Insane asylums in Bengal annual reports 1867-1875 - 1867-1875
Year: 1867
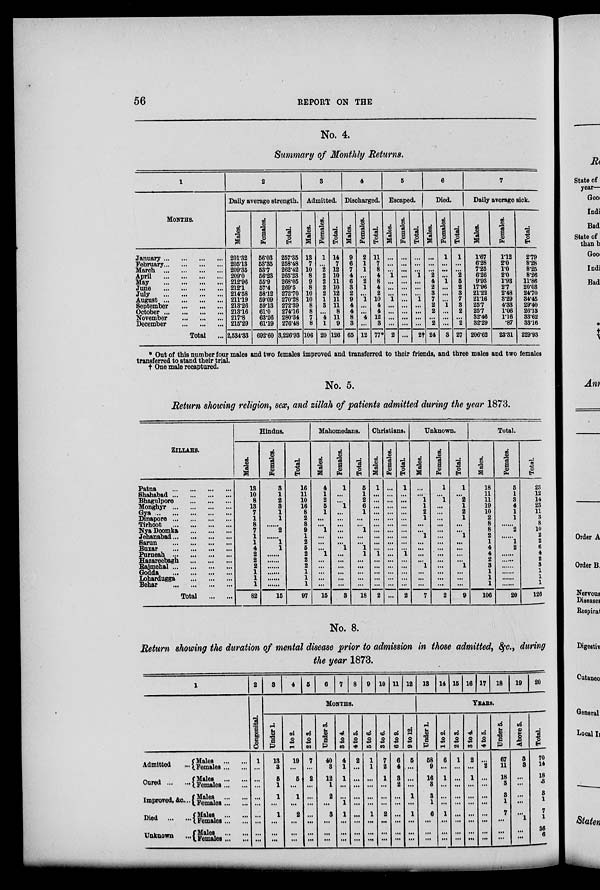
56
REPORT ON THE
No. 4.
Summary of Monthly Returns.
1
MONTHS.
January
...
...
...
...
February ... ... ... ...
March
...
...
...
...
April
...
...
...
...
May
...
...
...
...
June
...
...
...
...
July
...
...
...
...
August
...
...
...
...
September ... ... ...
October
...
...
...
...
November ... ... ...
December ... ... ...
Total
2
Daily average strength.
Males.
201.32
205.13
209.35
209.0
212.96
212.1
214.58
211.19
213.26
213.16
217.8
215.29
2,534.33
Females.
66.03
53.35
53.7
56.23
55.9
57.4
58.12
59.09
59.13
61.0
63.26
61.19
692.60
Total.
257.35
258.48
262.42
265.23
268.05
269.5
272.70
270.28
272.39
274.16
280.34
276.48
3,226.93
3
Admitted.
Males.
13
7
10
8
9
8
10
10
8
8
7
8
106
Females.
1
...
2
2
2
2
2
1
3
...
4
1
20
Total.
14
7
12
10
11
10
12
11
11
8
11
9
126
4
Discharged.
Males.
9
6
7
4
6
3
2
9
4
4
8
3
65
Females.
2
1
1
...
2
1
...
1
...
...
4
...
12
Total.
11
7
8
4
8
4
2
10
4
4
12
3
77*
5
Escaped.
Males.
...
...
...
1
...
...
...
1
...
...
...
...
2
Females.
...
...
...
...
...
...
...
...
...
...
...
...
...
Total.
...
...
...
1
...
...
...
1
...
...
...
...
2†
6
Died.
Males.
...
...
...
2
4
2
3
7
2
2
...
2
24
Females.
1
...
...
...
1
...
...
...
1
...
...
...
3
Total.
1
...
...
2
5
2
3
7
3
2
...
2
27
7
Daily average sick.
Males.
1.67
6.28
7.25
6.26
9.93
17.96
21.22
21.16
25.7
25.7
32.46
32.29
206.62
Females.
1.12
2.0
1.0
2.0
1.93
2.7
2.48
3.29
4.33
1.06
1.16
.87
23.31
Total.
2.79
8.28
8.25
8.26
11.86
20.08
24.70
84.45
29.40
26.18
83.62
83.16
229.93
* Out of this number four males and two females improved and transferred to their friends, and three males and two females
transferred to stand their trial.
† One male recaptured.
No. 5.
Return showing religion, sex, and zillah of patients admitted during the year 1873.
ZILLAHS.
Patna ... ... ... ...
Shahabad ... ... ... ...
Bhagulpore ... ... ... ...
Monghyr ... ... ... ...
Gya
...
...
...
...
Dinapore ... ... ... ...
Tirhoot
...
...
...
...
Nya Doomka
...
...
...
Jenanabad
...
...
...
Sarun
...
...
...
Buxar
...
...
...
Purneah ... ... ... ...
Hazareebagh
...
...
...
Rajmehal ... ... ... ...
Godda
...
...
...
...
Lohardugga
...
...
...
Behar
...
...
...
Total
...
...
Hindus.
Males.
13
10
8
13
7
1
8
7
1
1
4
2
2
2
1
1
1
82
Females.
3
1
2
3
1
1
......
2
......
1
1
......
......
......
......
......
......
15
Total.
16
11
10
16
8
2
8
9
1
2
5
2
2
2
1
1
1
97
Mahomedans.
Males.
4
1
2
5
1
...
...
1
...
...
...
1
...
...
...
...
...
15
Females.
1
...
...
1
...
...
...
...
...
...
1
...
...
...
...
...
...
3
Total.
5
1
2
6
1
...
...
1
...
...
1
1
...
...
...
...
...
18
Christians.
Males.
1
...
...
...
...
...
...
...
...
...
...
1
...
...
...
...
...
2
Females.
...
...
...
...
...
...
...
...
...
...
...
...
...
...
...
...
...
...
Total.
1
...
...
...
...
...
...
...
...
...
...
1
...
...
...
...
...
2
Unknown.
Males.
...
...
1
1
2
1
...
...
1
...
...
...
...
1
...
...
...
7
Females.
1
...
1
...
...
...
...
...
...
...
...
...
...
...
...
...
...
2
Total
1
...
2
1
2
1
...
...
1
...
...
...
...
1
...
...
...
9
Total.
Males.
18
11
11
19
10
2
8
8
2
1
4
4
2
3
1
1
1
106
Females.
5
1
3
4
1
1
...
2
...
1
2
...
...
...
...
...
...
20
Total.
23
12
14
23
11
3
8
10
2
2
6
4
2
3
1
1
1
126
No. 8.
Return showing the duration of mental disease prior to admission in those admitted, &c., during
the year 1873.
1
Admitted ...
Cured...
...
Improved, &c. ...
Died ... ...
Unknown ...
Males ... ...
Females ... ...
Males ... ...
Females ... ...
Males ... ...
Females ... ...
Males ... ...
Females ... ...
Males ... ...
Females ... ...
2
Congenital
1
...
...
...
...
...
...
...
...
...
3 4 5 6 7 8 9 10 11 12
MONTHS.
Under 1.
13
3
5
1
1
...
1
...
...
...
1to2.
19
...
5
...
1
...
2
...
...
...
2 to 3.
7
...
2
...
...
...
...
...
...
...
Under 3.
40
3
12
1
2
...
3
...
...
...
3to 4.
4
1
1
...
...
1
1
...
...
...
4 to 5.
2
...
...
...
...
...
...
...
...
...
5 to 6.
1
1
...
...
...
...
1
...
...
...
3 to 6.
7
2
1
...
...
...
2
...
...
...
6 to 9.
6
4
3
2
...
...
...
...
...
...
9 to 12.
5
...
...
...
1
...
1
...
...
...
13 14 15 16 17 18 19 20
YEARS.
Under 1
58
9
16
8
3
1
6
...
...
...
1 to2.
6
...
1
...
...
...
1
...
...
...
2 to 3.
1
...
...
...
...
...
...
...
...
...
3 to 4.
2
...
1
...
...
...
...
...
...
...
4 to 5.
...
2
...
...
...
...
...
...
...
...
Under 5.
67
11
18
3
3
1
7
...
...
...
Above 5.
3
3
...
...
...
...
...
1
...
...
Total.
70
14
18
3
3
1
7
1
36
6